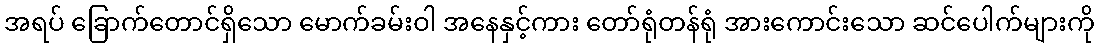
အရပ် ခြောက်တောင်ရှိသော မောက်ခမ်းဝါ အနေနှင့်ကား တော်ရုံတန်ရုံ အားကောင်းသော ဆင်ပေါက်များကို